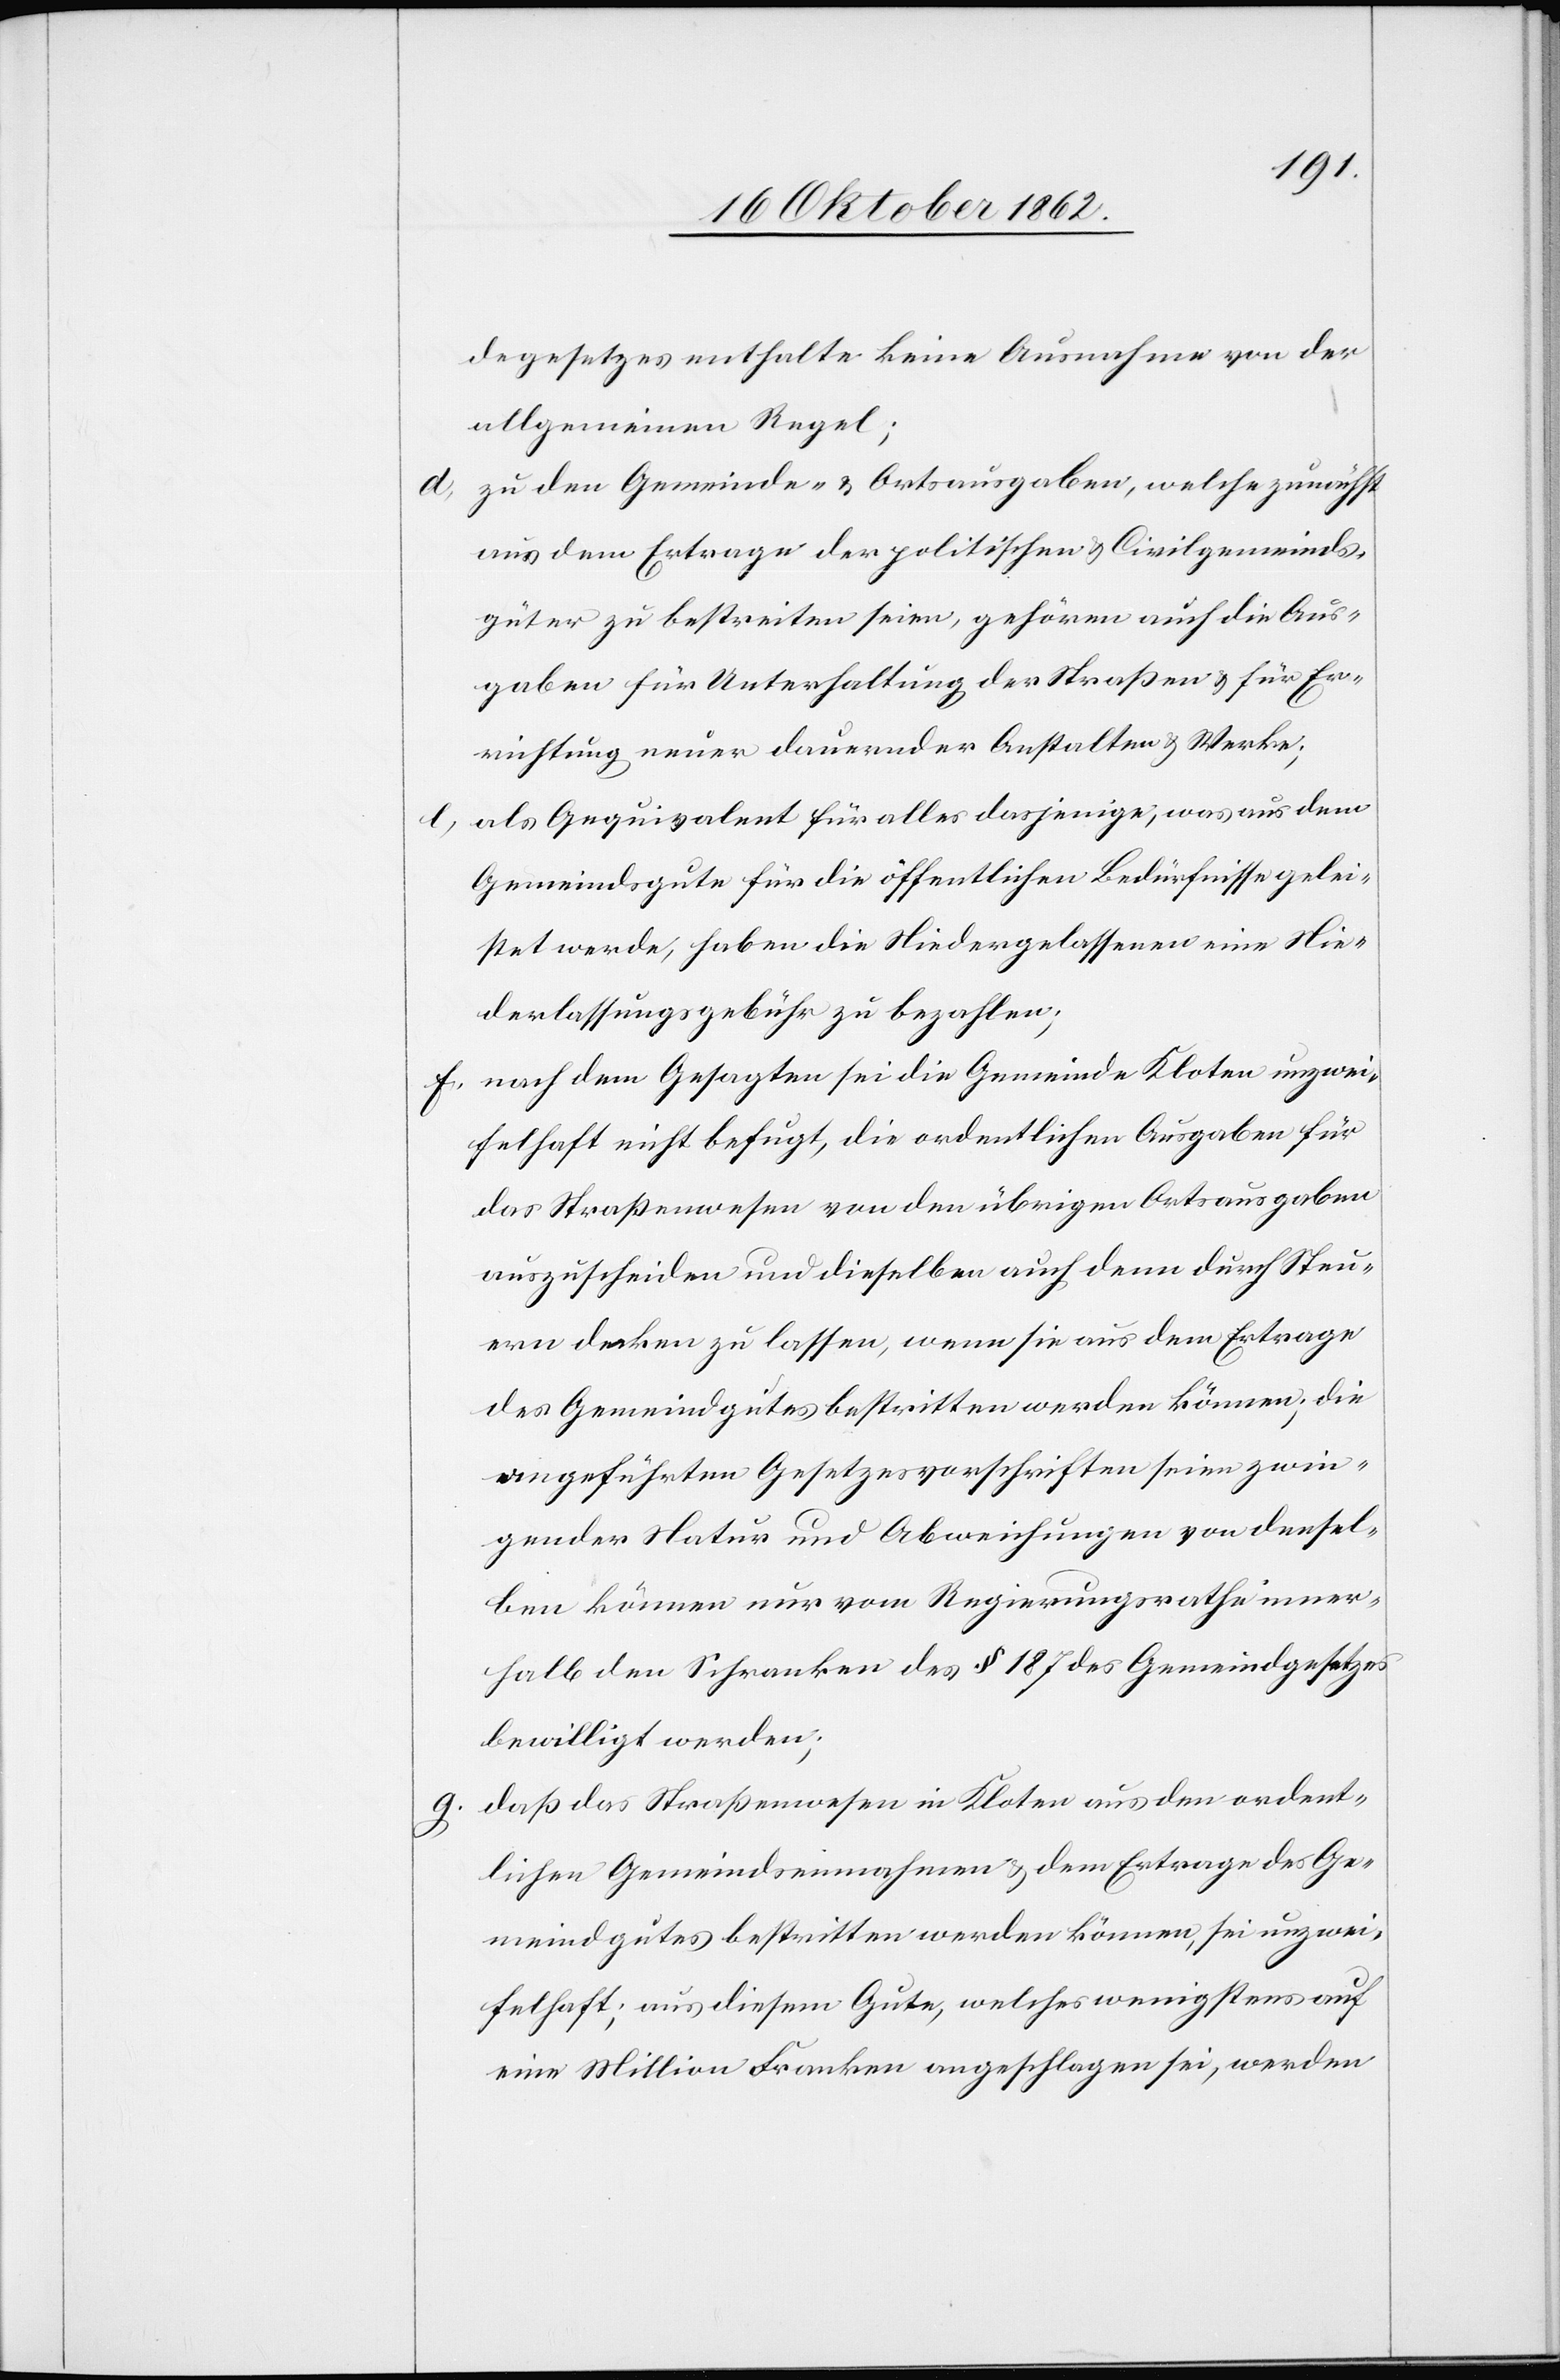
degesetzes enthalte keine Ausnahme von der
allgemeinen Regel;
d. zu den Gemeinde- u. Ortsausgaben, welche zunächst
aus dem Ertrage der politischen u. Civilgemeinds¬
güter zu bestreiten seien, gehören auch die Aus¬
gaben für Unterhaltung der Straßen u. für Er¬
richtung neuer dauernder Anstalten u. Werke;
e. als Aequivalent für alles dasjenige, was aus dem
Gemeindsgute für die öffentlichen Bedürfnisse gelei¬
stet werde, haben die Niedergelassenen eine Nie¬
derlassungsgebühr zu bezahlen;
f. nach dem Gesagten sei die Gemeinde Kloten unzwei¬
felhaft nicht befugt, die ordentlichen Ausgaben für
das Straßenwesen von den übrigen Ortsausgaben
auszuscheiden und dieselben auch denn durch Steu¬
ern decken zu lassen, wenn sie aus dem Ertrage
des Gemeindgutes bestritten werden können; die
angeführten Gesetzesvorschriften seien zwin¬
gender Natur und Abweichungen von densel¬
ben können nur vom Regierungsrathe inner¬
halb den Schranken des § 187 des Gemeindgesetzes
bewilligt werden;
g. daß das Straßenwesen in Kloten aus den ordent¬
lichen Gemeindeinahmen u. dem Ertrag des Ge¬
meindgutes bestritten werden könne, sei unzwei¬
felhaft; aus diesem Gute, welches wenigstens auf
eine Million Franken angeschlagen sei, werden